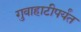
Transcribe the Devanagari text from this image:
गुवाहाटीपर्यंत